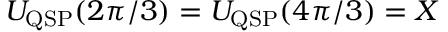
U _ { \mathrm { Q S P } } ( 2 \pi / 3 ) = U _ { \mathrm { Q S P } } ( 4 \pi / 3 ) = X